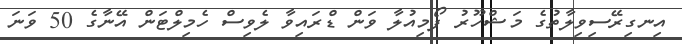
އިނގިރޭސިވިލާތުގެ މަޝްހޫރު ފޯމިއުލާ ވަން ޑްރައިވާ ލެވިސް ހެމިލްޓަން އޭނާގެ 50 ވަނަ